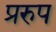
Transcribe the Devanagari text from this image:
प्ररुप